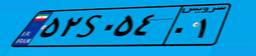
۵۲S۰۵۴۰۱